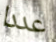
عددا